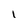
Character: 1